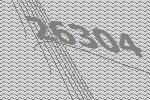
26304